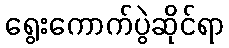
ရွေးကောက်ပွဲဆိုင်ရာ